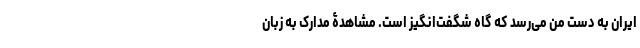
ایران به دست من می‌رسد که گاه شگفت‌انگیز است. مشاهدۀ مدارک به زبان